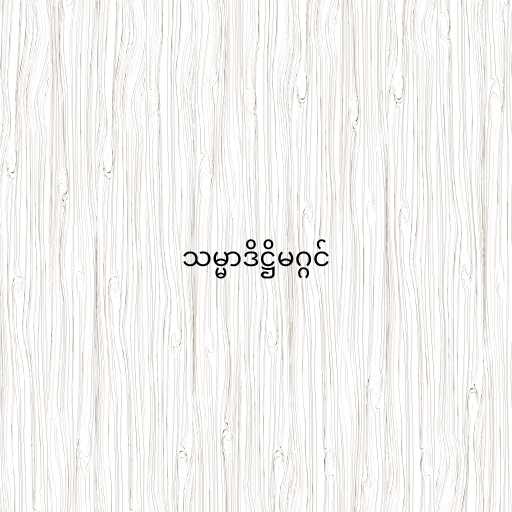
သမ္မာဒိဋ္ဌိမဂ္ဂင်